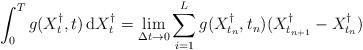
LaTeX: \begin{align*} \int_0^T g(X_t^\dagger,t)\,{\rm d}X_t^\dagger = \lim_{\Delta t\to 0} \sum_{i=1}^L g(X_{t_n}^\dagger,t_n)(X_{t_{n+1}}^\dagger -X_{t_n}^\dagger )\end{align*}